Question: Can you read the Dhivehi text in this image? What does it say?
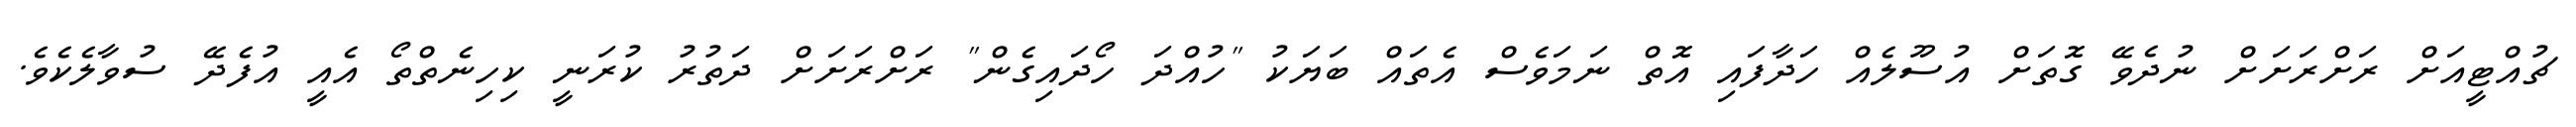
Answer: ޗުއްޓީއަށް ރަށްރަށަށް ނުދެވޭ ގޮތަށް އުސޫލެއް ހަދާފައި އޮތް ނަމަވެސް އެތައް ބަޔަކު "ހުއްދަ ހޯދައިގެން" ރަށްރަށަށް ދަތުރު ކުރަނީ ކިހިނެތްތޯ އެއީ އުފެދޭ ސުވާލެކެވެ.